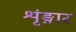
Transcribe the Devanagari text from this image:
शृंङ्गार